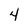
Character: 4